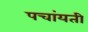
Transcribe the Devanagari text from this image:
पचांयती